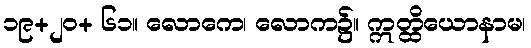
၁၉+၂၀+ ၆၁။ လောကေ၊ လောက၌။ ဣတ္ထိယောနာမ၊